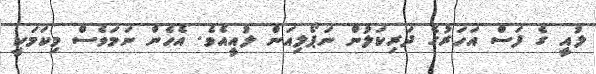
ލުއީ ގެ ފަސް އަހަރުގެ ދަރިކަލުން ނަޕޯލިއަން ލުއީއެވެ. އެހެން ނަމަވެސް މިކަމަކީ